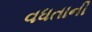
વધતાની